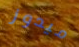
ميدوز